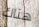
هناك